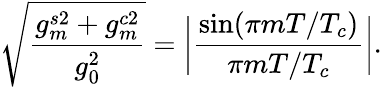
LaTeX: \sqrt{\frac{g_{m}^{s2}+g_{m}^{c2}}{g_{0}^{2}}}=\bigg|\frac{\mathrm{sin}(\pi mT/T_{c})}{\pi mT/T_{c}}\bigg|.